Civil Veterinary Department Bihar & Orissa reports 1929-36 - 1929-1936
Year: 1929
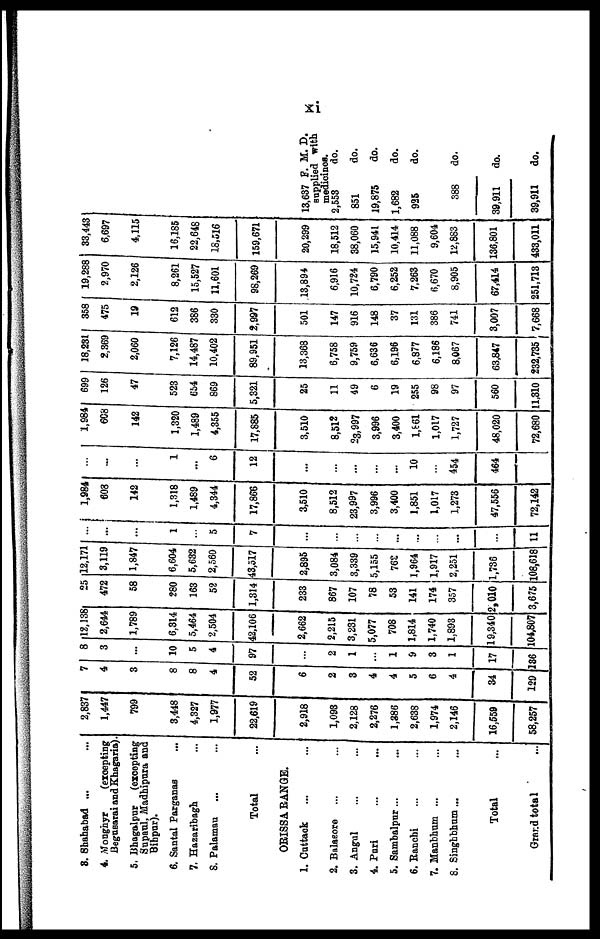
xi
3. Shahabad ...
4. Monghyr
(excepting
Begasarai and Khagaria)
5. Bhagalpar
(excepting
Supaul, Madhipura and
Bihpur).
6. Santal Parganas ...
7. Hazaribagh ...
8. Palamau ... ...
Total ...
ORISSA RANGE.
1. Cuttack ... ...
2. Balasore ... ...
3. Angul ... ...
4. Puri ... ...
5. Sambalpur ... ...
6. Ranchi ... ...
7. Manbhum ... ...
8. Singbbhum ... ...
Total ...
Grand total ...
2,837
1,447
799
3,448
4,327
1,977
22,619
2,918
1,093
2,128
2,276
1,386
2,638
1,974
2,146
16,559
58,257
7
4
3
8
8
4
52
6
2
3
4
4
5
6
4
34
129
8
3
...
10
5
4
97
...
2
1
1
9
3
1
17
186
12,138
2,644
1,789
6,314
5,464
2,504
42,106
2,662
2,215
3,231
5,077
708
1,814
1,740
1,893
19,340
104,807
25
472
58
280
163
52
1,314
233
867
107
78
53
141
174
357
2,010
3,675
12,171
3,119
1,847
6,604
5,632
2,560
43,517
2,895
3,084
3,339
5,155
762
1,964
1,917
2,251
1,736
108,618
...
...
...
1
...
5
7
...
...
...
...
...
...
...
...
...
11
1,984
608
142
1,318
1,489
4,344
17,866
3,510
8,512
23,997
3,996
3,400
1,851
1,017
1,273
47,556
72,142
...
...
...
1
...
6
12
...
...
...
...
...
10
...
454
464
1,984
608
142
1,320
1,489
4,355
17,885
3,510
8,512
23,997
3,996
3,400
1,861
1,017
1,727
48,020
72,680
699
126
47
523
654
869
5,321
25
11
49
6
19
255
98
97
560
11,310
18,231
2,369
2,060
7,126
14,487
10,402
89,951
13,368
6,758
9,759
6,636
6,196
6,877
6,186
8,067
63,847
232,735
358
475
19
612
386
330
2,997
501
147
916
148
37
131
386
741
3,007
7,668
19,288
2,970
2,126
8,261
15,527
11,601
98,269
13,894
6,916
10,724
6,790
6,252
7,263
6,670
8,905
67,414
251,713
33,443
6,697
4,115
16,185
22,648
18,516
159,671
20,299
18,512
38,060
15,941
10,414
11,088
9,604
12,883
136,801
433,011
13,637 F. M. D.
supplied with
medicines.
2,553
851
19,875
1,682
925
388
39,911
39,911
do.
do.
do.
do.
do.
do.
do.
do.